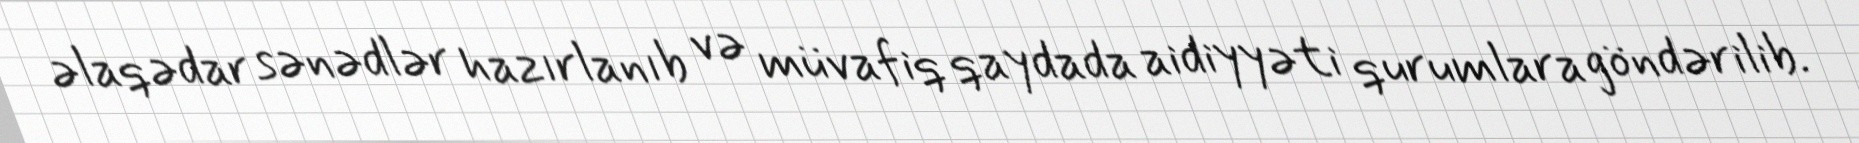
əlaqədar sənədlər hazırlanıb və müvafiq qaydada aidiyyəti qurumlara göndərilib.